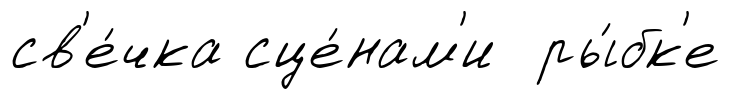
св'е́чка сце́нам'и ры́бк'е